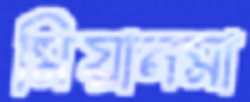
মিয়ানমা